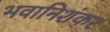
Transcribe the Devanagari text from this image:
भवानिशंकर